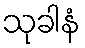
သုခါနံ